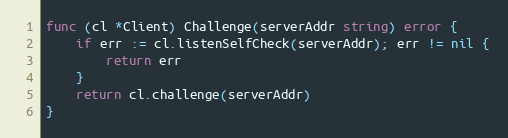
Language: Go
func (cl *Client) Challenge(serverAddr string) error {
	if err := cl.listenSelfCheck(serverAddr); err != nil {
		return err
	}
	return cl.challenge(serverAddr)
}